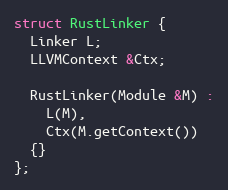
Language: C++
struct RustLinker {
  Linker L;
  LLVMContext &Ctx;

  RustLinker(Module &M) :
    L(M),
    Ctx(M.getContext())
  {}
};